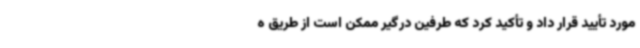
مورد تأیید قرار داد و تأکید کرد که طرفین درگیر ممکن است از طریق ه